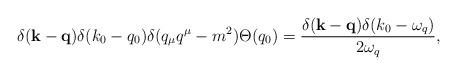
LaTeX: \begin{align*}\delta({\bf k}-{\bf q})\delta(k_0-q_0)\delta(q_\mu q^\mu - m^2)\Theta(q_0) =\frac{\delta({\bf k}-{\bf q})\delta(k_0-\omega_q)}{2\omega_q},\end{align*}